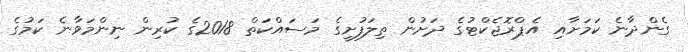
ގެންދާނެ ކަަމަށާއި އެޕްރޮޖެކްޓުގެ ދަށުން ތިލަފުށީގެ މަސައްކަތް 2018ގެ ކުރިން ނިންމަވާނެ ކަމުގެ